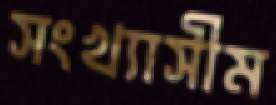
সংখ্যাসীম